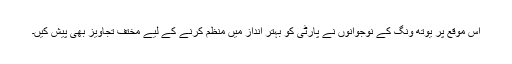
اس موقع پر یوتھ ونگ کے نوجوانوں نے پارٹی کو بہتر انداز میں منظم کرنے کے لیے مختف تجاویز بھی پیش کیں۔